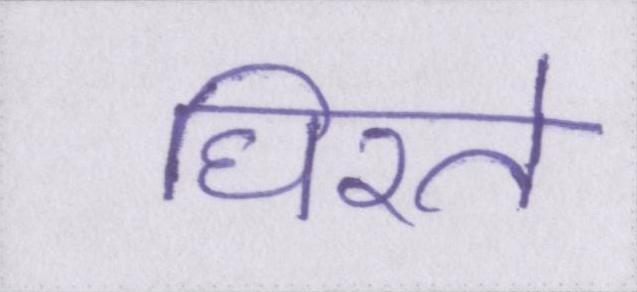
घिरते